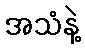
အသံနဲ့